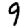
Digit: 9